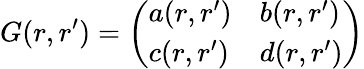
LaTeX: G(r,r^{\prime})=\left(\begin{array}{ll}{{a(r,r^{\prime})}}&{{b(r,r^{\prime})}}\\ {{c(r,r^{\prime})}}&{{d(r,r^{\prime})}}\end{array}\right)